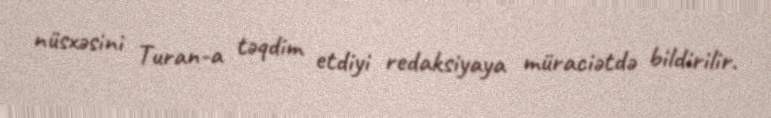
nüsxəsini Turan-a təqdim etdiyi redaksiyaya müraciətdə bildirilir.